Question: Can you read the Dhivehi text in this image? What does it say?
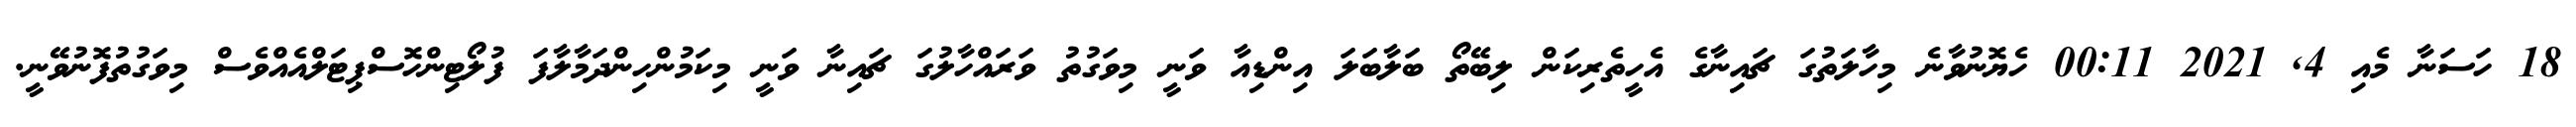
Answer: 18 ހަސަނާ މެއި 4, 2021 00:11 ހެޔޮނުވާނެ މިހާލަތުގަ ޗައިނާގެ އެހީތެރިކަން ލިބޭތޯ ބަލާބަލަ އިންޑިއާ ވަނީ މިވަގުތު ވަރައްހާލުގަ ޗައިނާ ވަނީ މިކަމުންހިންދަމާލާފަ ފުލޯޓިންހޮސްޕިޓަލްއެއްވެސް މިވަގުތުފޮނުވޭނީ.